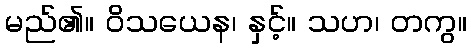
မည်၏။ ဝိသယေန၊ နှင့်။ သဟ၊ တကွ။